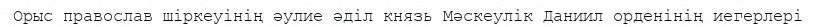
Орыс православ шіркеуінің әулие әділ князь Мәскеулік Даниил орденінің иегерлері